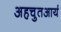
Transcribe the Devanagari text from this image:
अहचुतआर्य